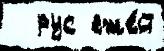
  рус еже́й